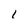
Character: I